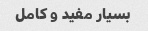
بسیار مفید و کامل